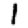
Digit: 1